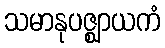
သမာနုပဇ္ဈာယကံ